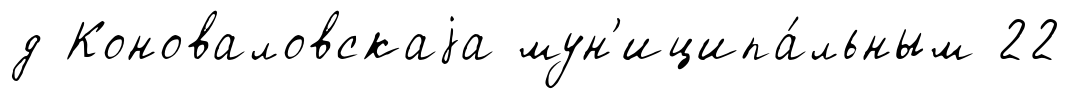
д Коноваловскаjа мун'иципа́льным 22